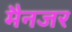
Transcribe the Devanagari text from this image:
मैनजर